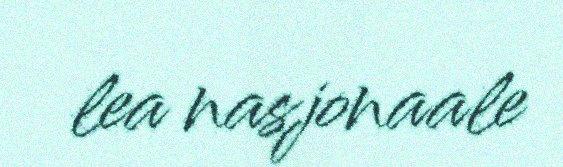
lea nasjonaale